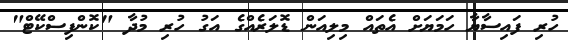
ހުރި ފައިސާޔާ ހަމަޔަށް އެތައް މިލިއަން ޑޮލަރެއްގެ އަގު ހުރި މުދާ "ކޮންފިސްކޭޓް"